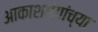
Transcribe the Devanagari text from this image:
आकाशगंगांच्या